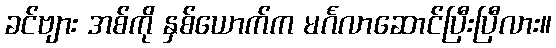
ခင်ဗျား အစ်ကို နှစ်ယောက်က မင်္ဂလာဆောင်ပြီးပြီလား။